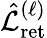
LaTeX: \hat{\mathcal{L}}_{\mathrm{ret}}^{(\ell)}